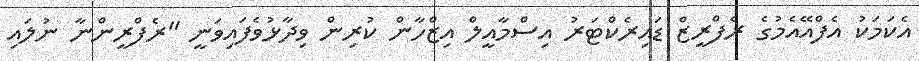
އެކަމަކު އެފްއޭއެމުގެ ރެފްރީޒް ޑައިރެކްޓަރު އިސްމާއީލް އިޒްހާން ކުރިން ވިދާޅުވެފައިވަނީ "ރެފްރީންނާ ނުލައި